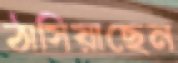
ঠাসিয়াছেন